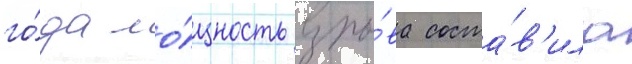
го́да мо́щность взры́ва соста́в'ила